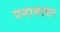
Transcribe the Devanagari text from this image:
पनामावर